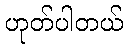
ဟုတ်ပါတယ်